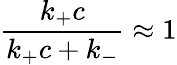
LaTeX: \frac{k_{+}c}{k_{+}c+k_{-}}\approx 1